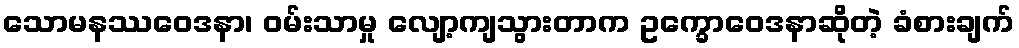
သောမနဿဝေဒနာ၊ ဝမ်းသာမှု လျော့ကျသွားတာက ဥက္ခောဝေဒနာဆိုတဲ့ ခံစားချက်